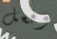
وفعل